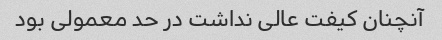
آنچنان کیفت عالی نداشت در حد معمولی بود